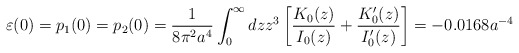
\begin{align*}\varepsilon (0)=p_1(0)=p_2(0)=\frac{1}{8\pi ^2a^4}\int_{0}^{\infty}{dzz^3\left[ \frac{K_0(z)} {I_0(z)}+\frac{K'_0(z)}{I'_0(z)}\right]}=-0.0168a^{-4} \end{align*}